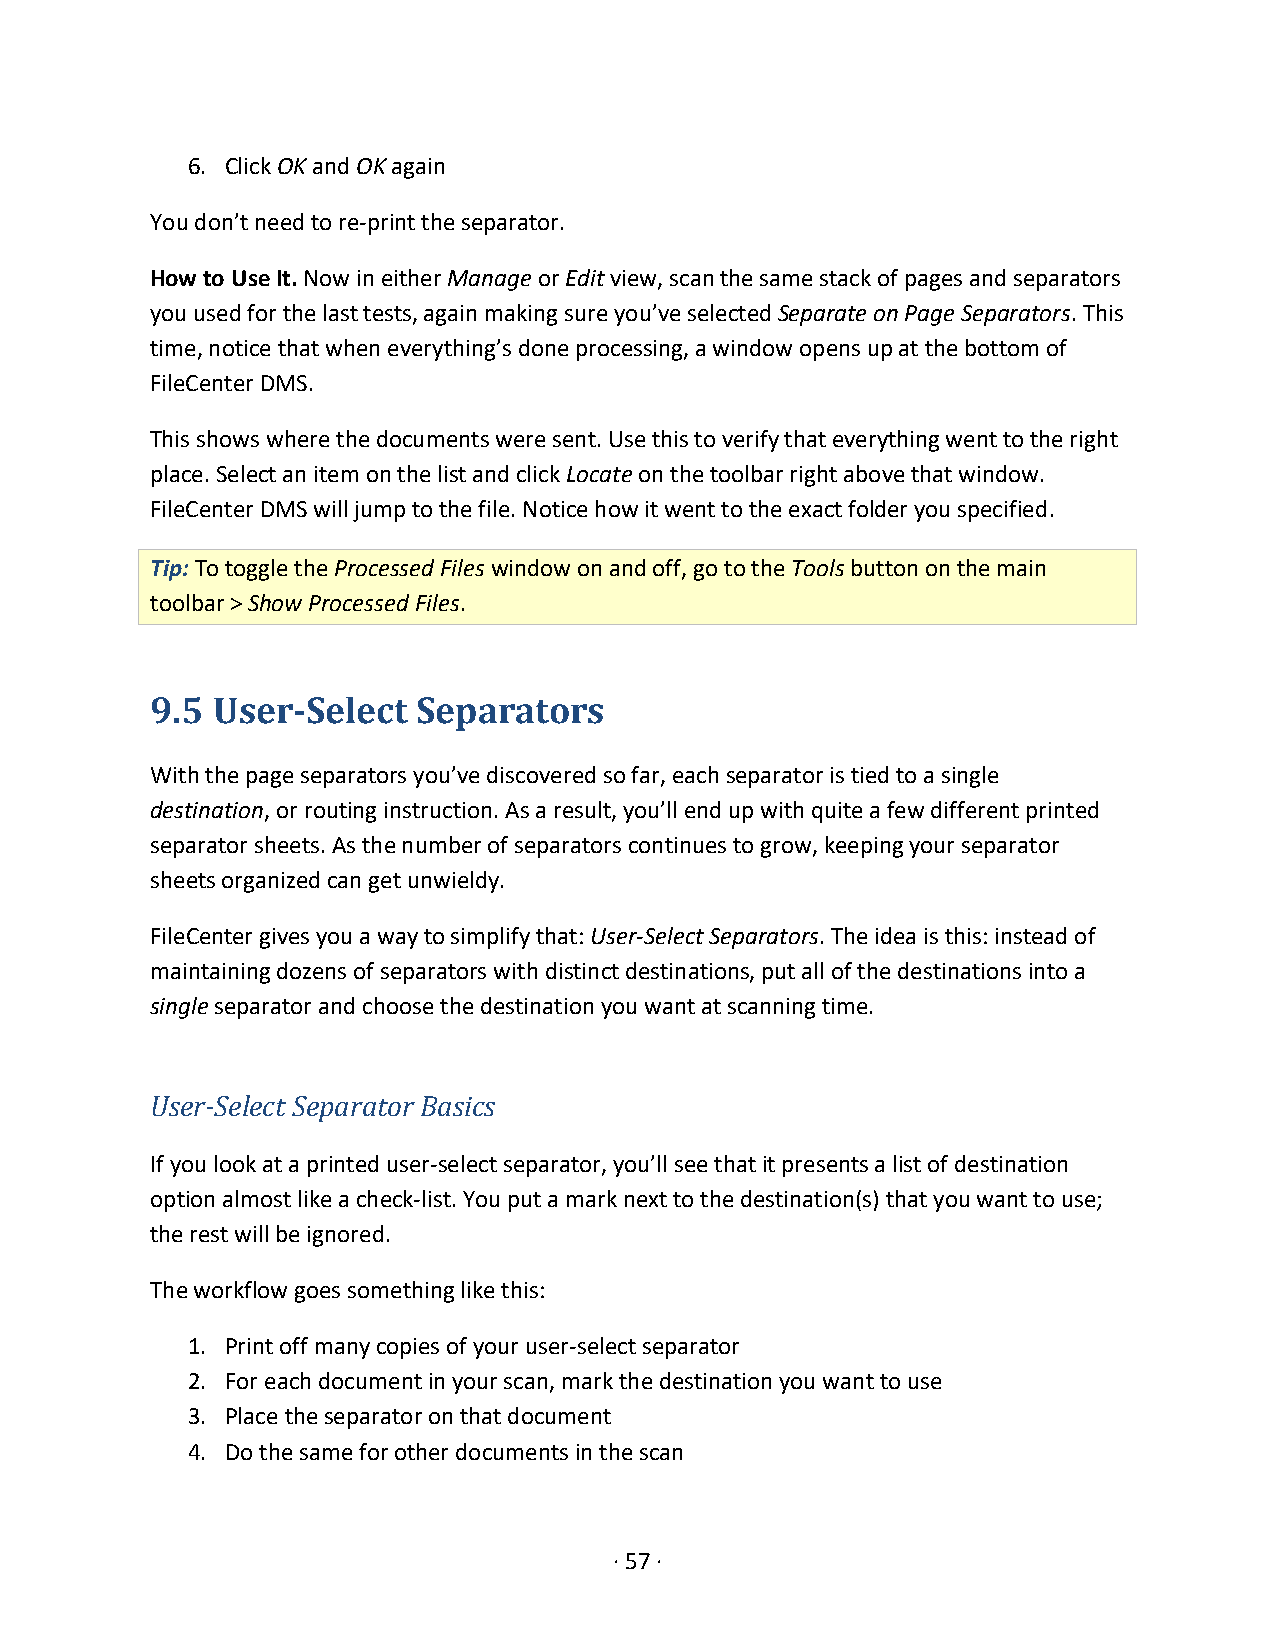
6. Click OK and OK again
 You don’t need to re-print the separator.
 How to Use It. Now in either Manage or Edit view, scan the same stack of pages and separators
 you used for the last tests, again making sure you’ve selected Separate on Page Separators. This
 time, notice that when everything’s done processing, a window opens up at the bottom of
 FileCenter DMS.
 This shows where the documents were sent. Use this to verify that everything went to the right
 place. Select an item on the list and click Locate on the toolbar right above that window.
 FileCenter DMS will jump to the file. Notice how it went to the exact folder you specified.
 Tip: To toggle the Processed Files window on and off, go to the Tools button on the main
 toolbar > Show Processed Files.
 9.5 User-Select   Separators
 With the page separators you’ve discovered so far, each separator is tied to a single
 destination, or routing instruction. As a result, you’ll end up with quite a few different printed
 separator sheets. As the number of separators continues to grow, keeping your separator
 sheets organized can get unwieldy.
 FileCenter gives you a way to simplify that: User-Select Separators. The idea is this: instead of
 maintaining dozens of separators with distinct destinations, put all of the destinations into a
 single separator and choose the destination you want at scanning time.
 User-Select Separator Basics
 If you look at a printed user-select separator, you’ll see that it presents a list of destination
 option almost like a check-list. You put a mark next to the destination(s) that you want to use;
 the rest will be ignored.
 The workflow goes something like this:
 1. Print off many copies of your user-select separator
 2. For each document in your scan, mark the destination you want to use
 3. Place the separator on that document
 4. Do the same for other documents in the scan
 · 57 ·